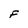
Character: F